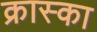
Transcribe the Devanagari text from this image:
क्रास्का